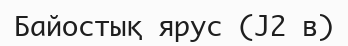
Байостық ярус (J2 в)